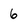
Character: 6